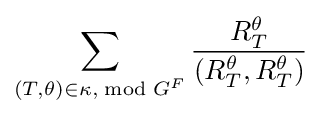
\sum _{(T,\theta )\in \kappa ,{\bmod {G}}^{F}}{R_{T}^{\theta } \over (R_{T}^{\theta },R_{T}^{\theta })}